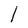
Character: l